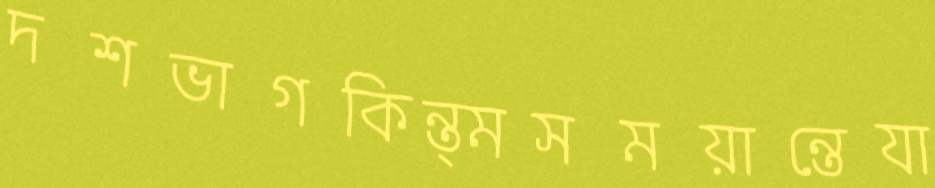
দশভাগকিন্ত্মসময়ান্তেযা